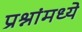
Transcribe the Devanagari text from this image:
प्रश्नांमध्ये